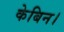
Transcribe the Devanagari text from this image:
केबिन।